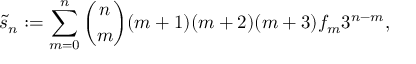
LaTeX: { \widetilde { s } } _ { n } : = \sum _ { m = 0 } ^ { n } { \binom { n } { m } } ( m + 1 ) ( m + 2 ) ( m + 3 ) f _ { m } 3 ^ { n - m } ,